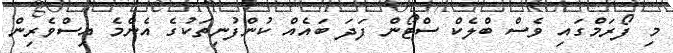
މި ފޯރަމްގައި ވެސް ބްލެކް ސްޓޯން ފަދަ ބައެއް ކުންފުނިތަކުގެ އެންމެ އިސްވެރިން